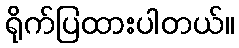
ရိုက်ပြထားပါတယ်။